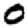
Digit: 0